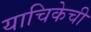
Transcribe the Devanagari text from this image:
याचिकेची